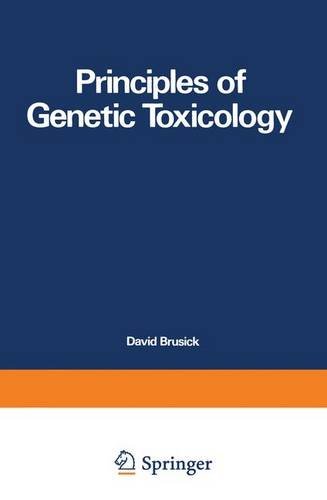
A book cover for Principles of Genetic Toxicology; David Brusick; Medical Books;